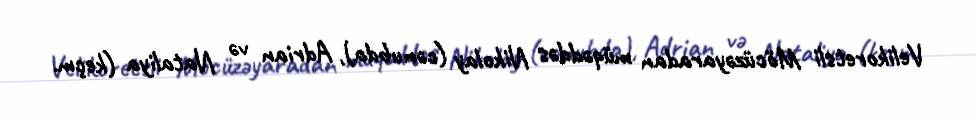
Velikoretsli Möcüzəyaradan müqəddəs Nikolay (cənubda), Adrian və Nataliya (keçm.